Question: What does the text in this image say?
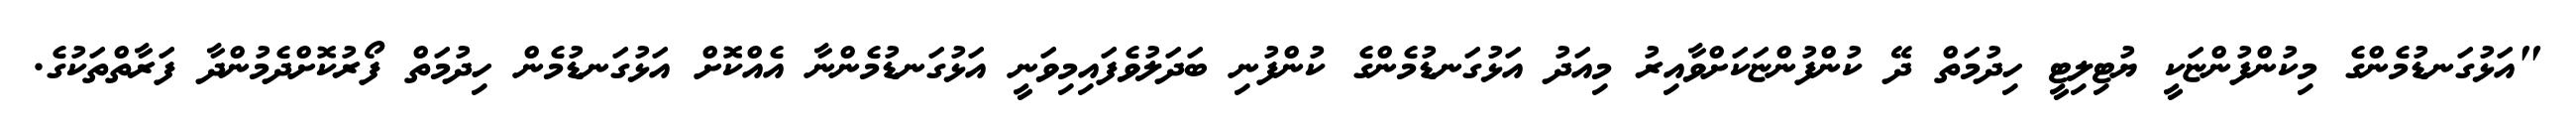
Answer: "އަޅުގަނޑުމެންގެ މިކުންފުންޏަކީ ޔުޓިލިޓީ ހިދުމަތް ދޭ ކުންފުންޏަކަށްވާއިރު މިއަދު އަޅުގަނޑުމެންގެ ކުންފުނި ބަދަލުވެފައިމިވަނީ އަޅުގަނޑުމެންނާ އެއްކޮށް އަޅުގަނޑުމެން ހިދުމަތް ފޯރުކޮށްދެމުންދާ ފަރާތްތަކުގެ.